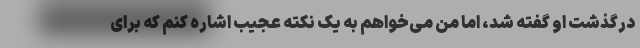
درگذشت او گفته شد، اما من می‌خواهم به یک نکته عجیب اشاره کنم که برای